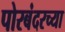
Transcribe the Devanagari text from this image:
पोरबंदरच्या